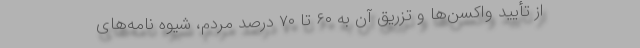
از تأیید واکسن‌ها و تزریق آن به ۶۰ تا ۷۰ درصد مردم، شیوه نامه‌های